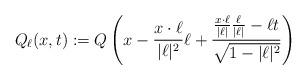
LaTeX: \begin{align*}Q_{\ell}(x,t):=Q\left(x-\frac{x\cdot \ell}{|\ell |^2}\ell +\frac{\frac{x\cdot\ell}{|\ell |}\frac{\ell}{|\ell |}-\ell t}{\sqrt{1-|\ell |^2}}\right)\end{align*}